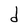
Character: d